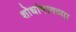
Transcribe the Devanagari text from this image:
शोधांमागच्या